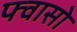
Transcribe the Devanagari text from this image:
फ्वासो